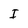
Character: I